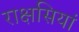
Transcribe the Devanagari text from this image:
राक्षसियां